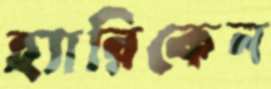
হ্যারিকেন